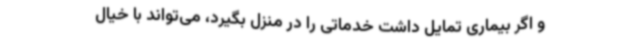
و اگر بیماری تمایل داشت خدماتی را در منزل بگیرد، می‌تواند با خیال